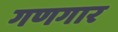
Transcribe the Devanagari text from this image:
गणगार